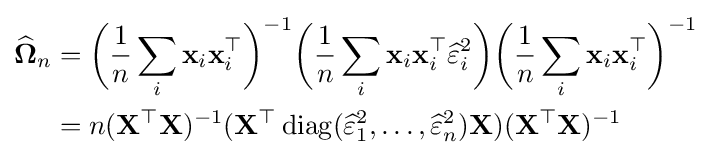
{\begin{aligned}{\widehat {\mathbf {\Omega } }}_{n}&={\bigg (}{\frac {1}{n}}\sum _{i}\mathbf {x} _{i}\mathbf {x} _{i}^{\top }{\bigg )}^{-1}{\bigg (}{\frac {1}{n}}\sum _{i}\mathbf {x} _{i}\mathbf {x} _{i}^{\top }{\widehat {\varepsilon }}_{i}^{2}{\bigg )}{\bigg (}{\frac {1}{n}}\sum _{i}\mathbf {x} _{i}\mathbf {x} _{i}^{\top }{\bigg )}^{-1}\\&=n(\mathbf {X} ^{\top }\mathbf {X} )^{-1}(\mathbf {X} ^{\top }\operatorname {diag} ({\widehat {\varepsilon }}_{1}^{2},\ldots ,{\widehat {\varepsilon }}_{n}^{2})\mathbf {X} )(\mathbf {X} ^{\top }\mathbf {X} )^{-1}\end{aligned}}